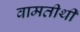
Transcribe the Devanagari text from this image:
वामतीर्थी